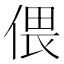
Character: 偎